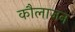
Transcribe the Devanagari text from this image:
कौलाजन